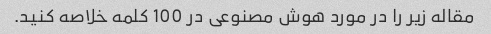
مقاله زیر را در مورد هوش مصنوعی در 100 کلمه خلاصه کنید.